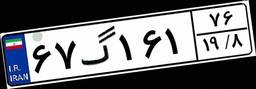
۳۴گ۰۲۵۰۳